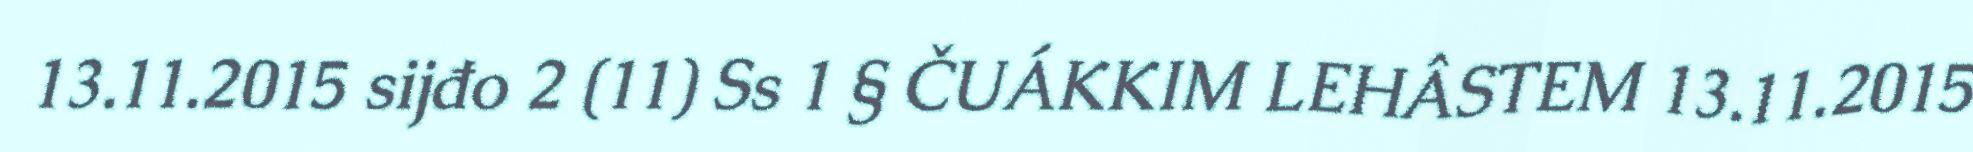
13.11.2015 sijđo 2 (11) Ss 1 § ČUÁKKIM LEHÂSTEM 13.11.2015